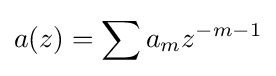
a(z)=\sum a_{m}z^{-m-1}